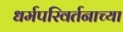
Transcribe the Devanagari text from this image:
धर्मपरिवर्तनाच्या